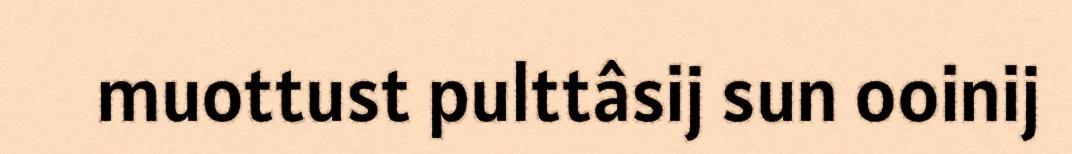
muottust pulttâsij sun ooinij